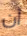
أن